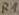
Text: R1